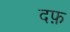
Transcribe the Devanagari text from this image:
दफ़